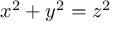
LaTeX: x ^ { 2 } + y ^ { 2 } = z ^ { 2 }